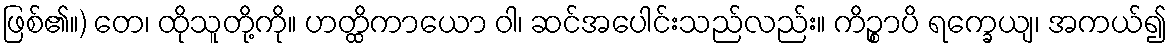
ဖြစ်၏။) တေ၊ ထိုသူတို့ကို။ ဟတ္ထိကာယော ဝါ၊ ဆင်အပေါင်းသည်လည်း။ ကိဉ္စာပိ ရက္ခေယျ၊ အကယ်၍